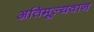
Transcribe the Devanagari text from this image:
अतिमूल्यवान